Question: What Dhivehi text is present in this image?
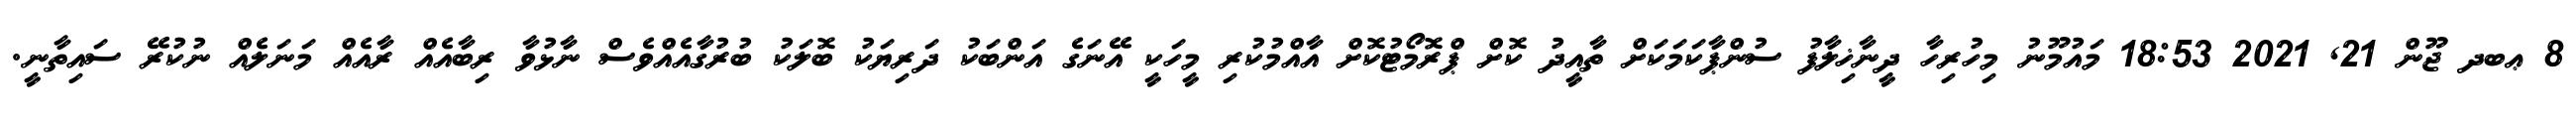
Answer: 8 ޢބދ ޖޫން 21, 2021 18:53 މައުމޫނު މިހުރިހާ ދީނާޚިލާފު ސުންޕާކަމަކަށް ތާއީދު ކޮށް ޕްރޮމޯޓުކޮށް އާއްމުކުރި މީހަކީ އޭނަގެ އަންބަކު ދަރިޔަކު ބޮލަކު ބުރުގާއެއްވެސް ނާޅުވާ ރިބާއެއް ރާއެއް މަނަލެއް ނުކުރޭ ސައިތާނީ.